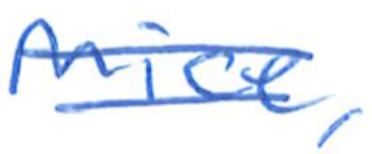
Text: Mice,
Cross-out: double-line
Writing tool: ballpoint